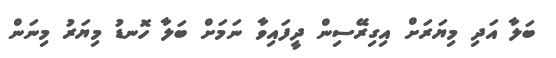
ބަލާ އަދި މިޔަރަށް އިގިރޭސިން ދީފައިވާ ނަމަށް ބަލާ ހޮނޑު މިޔަރު މިނަން